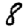
Digit: 8